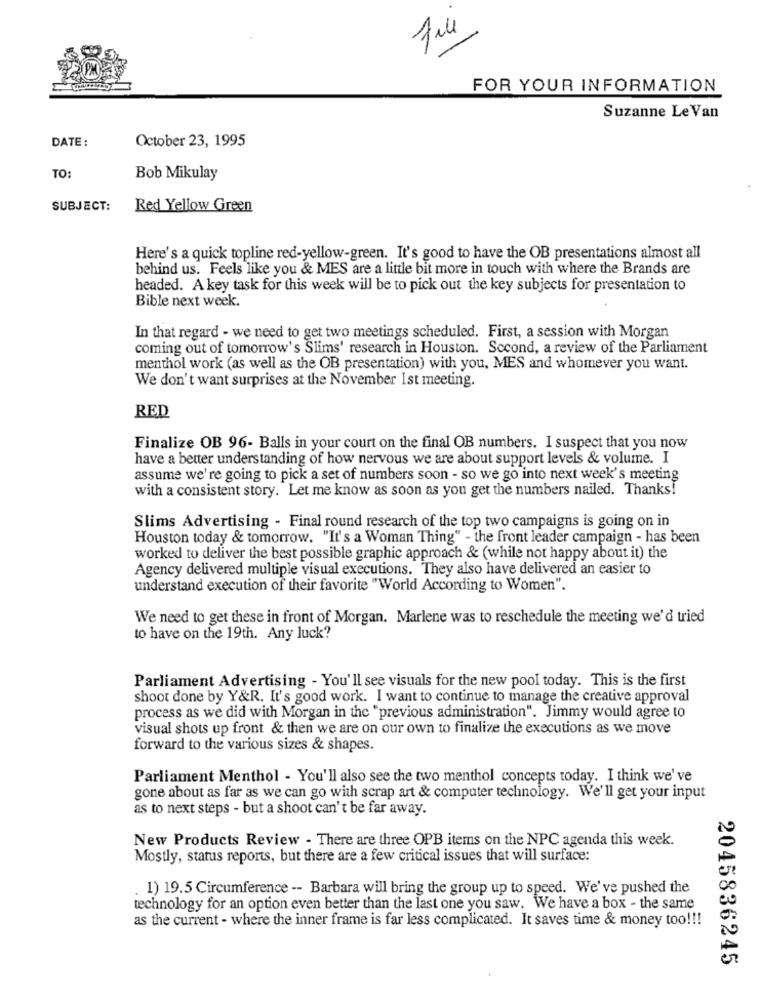
file
FOR YOUR INFORMATION
Suzanne Le Van
DATE:
October 23, 1995
TO:
Bob Mikulay
SUBJECT:
Red Yellow Green
Here's a quick topline red-yellow-green. It's good to have the OB presentations almost all
behind us. Feels like you & MES are a little bit more in touch with where the Brands are
headed. A key task for this week will be to pick out the key subjects for presentation to
Bible next week.
In that regard - we need to get two meetings scheduled. First, a session with Morgan
coming out of tomorrow's Slims' research in Houston. Second, a review of the Parliament
menthol work (as well as the OB presentation) with you, MES and whomever you want.
We don't want surprises at the November Ist meeting.
RED
Finalize OB 96- Balls in your court on the final OB numbers. I suspect that you now
have a better understanding of how nervous we are about support levels & volume. I
assume we're going to pick a set of numbers soon - so we go into next week's meeting
with a consistent story. Let me know as soon as you get the numbers nailed. Thanks!
Slims Advertising - Final round research of the top two campaigns is going on in
Houston today & tomorrow. "It's a Woman Thing" - the front leader campaign - has been
worked to deliver the best possible graphic approach & (while not happy about it) the
Agency delivered multiple visual executions. They also have delivered an easier to
understand execution of their favorite "World According to Women".
We need to get these in front of Morgan. Marlene was to reschedule the meeting we'd tried
to have on the 19th. Any luck?
Parliament Advertising - You'll see visuals for the new pool today. This is the first
shoot done by Y&R. It's good work. I want to continue to manage the creative approval
process as we did with Morgan in the "previous administration". Jimmy would agree to
visual shots up front & then we are on our own to finalize the executions as we move
forward to the various sizes & shapes.
Parliament Menthol - You'll also see the two menthol concepts today. I think we've
gone about as far as we can go with scrap art & computer technology. We'll get your input
as to next steps - but a shoot can't be far away.
New Products Review - There are three OPB items on the NPC agenda this week.
Mostly, status reports, but there are a few critical issues that will surface:
1) 19.5 Circumference -- Barbara will bring the group up to speed. We've pushed the
technology for an option even better than the last one you saw. We have a box - the same
as the current - where the inner frame is far less complicated. It saves time & money too !!!
2045836245